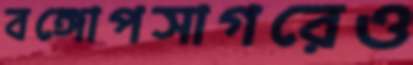
বঙ্গোপসাগরেও